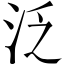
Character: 泛